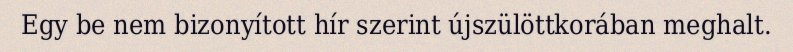
Egy be nem bizonyított hír szerint újszülöttkorában meghalt.